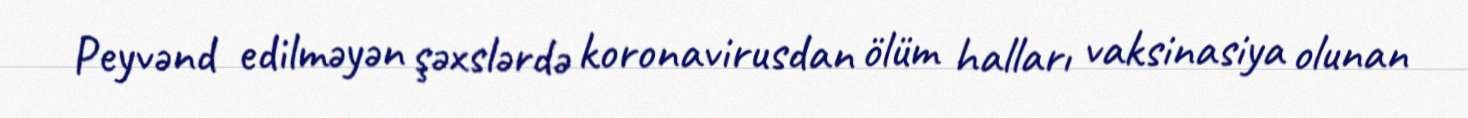
Peyvənd edilməyən şəxslərdə koronavirusdan ölüm halları vaksinasiya olunan